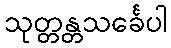
သုတ္တန္တသင်္ခေပါ